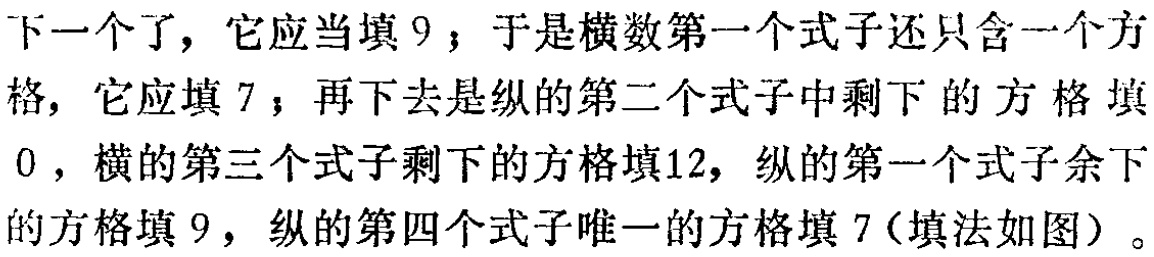
下一个了，它应当填 9；于是横数第一个式子还只含一个方格，它应填 7；再下去是纵的第二个式子中剩下的方格填 0，横的第三个式子剩下的方格填12，纵的第一个式子余下的方格填 9，纵的第四个式子唯一的方格填 7（填法如图）。